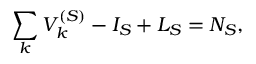
\sum _ { k } V _ { k } ^ { ( S ) } - I _ { S } + L _ { S } = N _ { S } ,